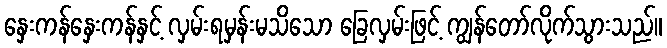
နှေးကန်နှေးကန်နှင့် လှမ်းရမှန်းမသိသော ခြေလှမ်းဖြင့် ကျွန်တော်လိုက်သွားသည်။